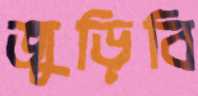
জুড়িবি